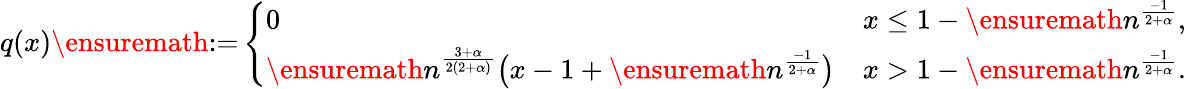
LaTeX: \begin{array}{r}{q(x)\ensuremath{:=}\left\{ \begin{array}{ll}{0}&{x\leq 1-\ensuremath{n}^{\frac{-1}{2+\alpha}},}\\ {\ensuremath{n}^{\frac{3+\alpha}{2(2+\alpha)}}\big(x-1+\ensuremath{n}^{\frac{-1}{2+\alpha}}\big)}&{x>1-\ensuremath{n}^{\frac{-1}{2+\alpha}}.}\end{array}\right.}\end{array}